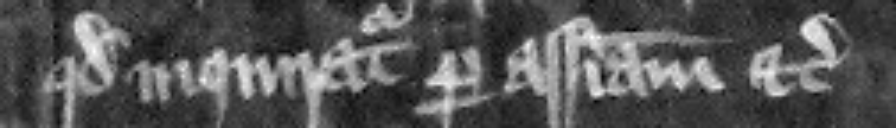
quod inquiratur per assisam etc.